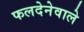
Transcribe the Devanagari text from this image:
फलदेनेवाले